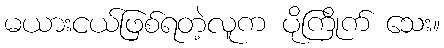
မယားငယ်ဖြစ်ရတဲ့လူက ပိုကြိုက် သေး။